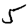
Digit: 5